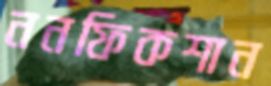
ননফিকশান